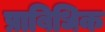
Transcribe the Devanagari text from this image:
प्राबिधिक